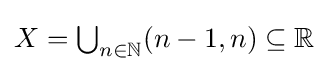
X={\begin{matrix}\bigcup _{n\in \mathbb {N} }(n-1,n)\subseteq \mathbb {R} \end{matrix}}